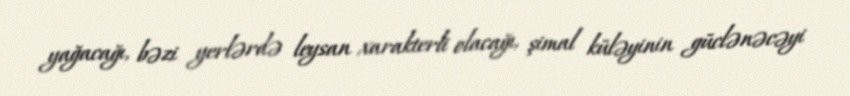
yağacağı, bəzi yerlərdə leysan xarakterli olacağı, şimal küləyinin güclənəcəyi